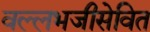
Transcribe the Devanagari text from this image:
वल्लभजीसेवित